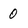
Character: 0